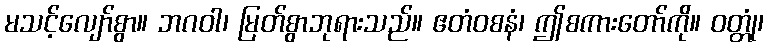
မသင့်လျော်စွာ။ ဘဂဝါ၊ မြတ်စွာဘုရားသည်။ ဧတံဝစနံ၊ ဤစကားတော်ကို။ ဝတ္တုံ၊